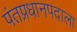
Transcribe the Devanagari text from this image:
पंतप्रधानपदाला